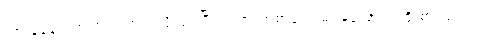
အားနဲနေတဲ့အထဲက ဘယ်လိုလုပ်ပြီး ရထားတဲ့စာတွေ မမေ့အောင် ကြိုးစားသလဲ။